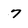
Character: 7